Vaccination in the Punjab 1867-1880 - 1867-1880
Year: 1867
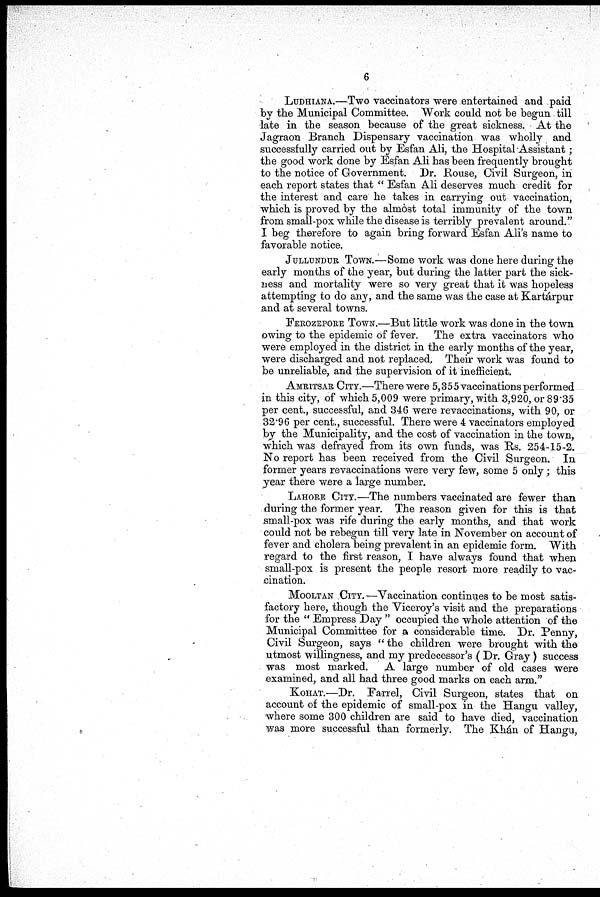
6
LUDHIYANA—Two vaccinators were entertained and paid
by the Municipal Committee. Work could not be begun till
late in the season because of the great sickness. At the
Jagraon Branch Dispensary vaccination was wholly and
successfully carried out by Esfan Ali, the Hospital Assistant ;
the good work done by Esfan Ali has been frequently brought
to the notice of Government. Dr. Rouse, Civil Surgeon, in
each report states that "Esfan Ali deserves much credit for
the interest and care he takes in carrying out vaccination,
which is proved by the almòst total immunity of the town
from small-pox while the disease is terribly prevalent around."
I beg therefore to again bring forward Esfan Ali's name to
favorable notice.
JULLUNDUR TOWN.—Some work was done here during the
early months of the year, but during the latter part the sick-
ness and mortality were so very great that it was hopeless
attempting to do any, and the same was the case at Kartárpur
and at several towns.
FEROZEPORE TOWN.—But little work was done in the town
owing to the epidemic of fever. The extra vaccinators who
were employed in the district in the early months of the year,
were discharged and not replaced. Their work was found to
be unreliable, and the supervision of it inefficient.
AMRITSAR CITY.—There were 5,355 vaccinations performed
in this city, of which 5,009 were primary, with 3,920, or 89.35
per cent., successful, and 346 were revaccinations, with 90, or
32.96 per cent., successful. There were 4 vaccinators employed
by the Municipality, and the cost of vaccination in the town,
which was defrayed from its own funds, was Us. 254-15-2.
No report has been received from the Civil Surgeon. In
former years revaccinations were very few, some 5 only; this
year there were a large number.
LAHORE CITY.—The numbers vaccinated are fewer than
during the former year. The reason given for this is that
small-pox was rife during the early months, and that work
could not be rebegun till very late in November on account of
fever and cholera being prevalent in an epidemic form. With
regard to the first reason, I have always found that when
small-pox is present the people resort more readily to vac-
cination.
MOOLTAN CITY.—Vaccination continues to be most satis-
factory here, though the Viceroy's visit and the preparations
for the "Empress Day " occupied the whole attention of the
Municipal Committee for a considerable time. Dr. Penny,
Civil Surgeon, says "the children were brought with the
utmost willingness, and my predecessor's ( Dr. Gray) success
was most marked. A large number of old cases were
examined, and all had three good marks on each arm."
KOHAT.—Dr. Farrel, Civil Surgeon, states that on
account of the epidemic of small-pox in the Hangu valley,
where some 300 children are said to have died, vaccination
was more successful than formerly. The Khán of Hangu,